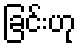
ခြင်းဟု